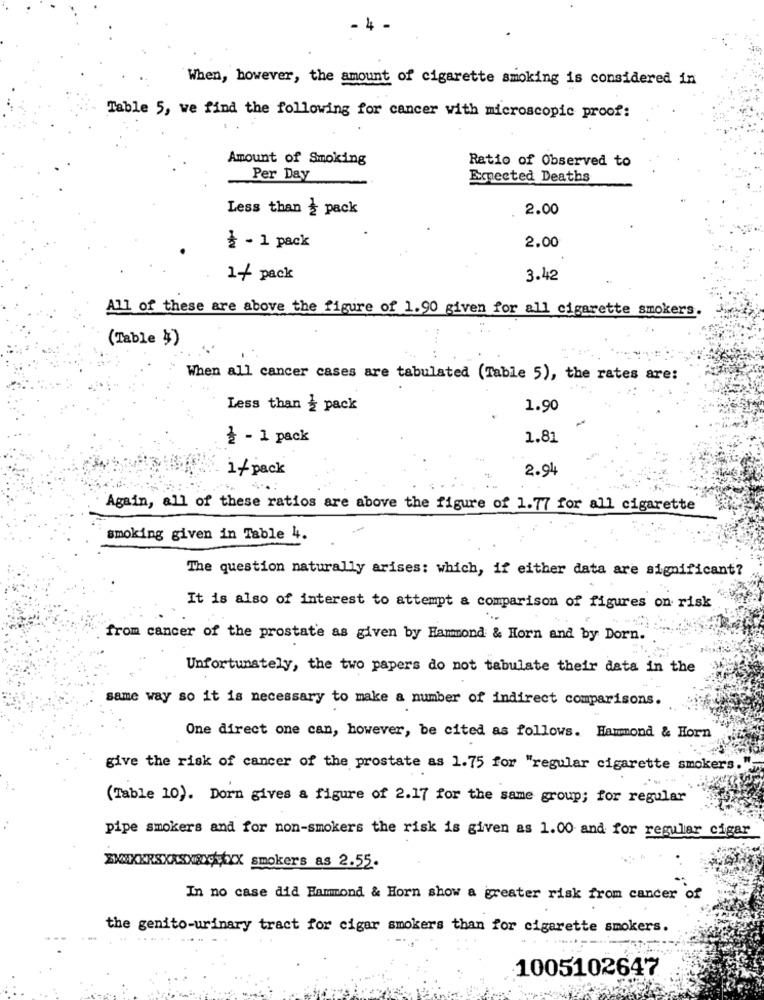
. 4
When, however, the amount of cigarette smoking is considered in
Table 5, we find the following for cancer with microscopic proof:
Amount of Smoking
Ratio of Observed to
Per Day
Emnected Deaths
Less than _ pack
2.00
¿ - 1 pack
2.00
1/ pack
3.42
All of these are above the figure of 1.90 given for all cigarette smokers.
(Table $)
When all cancer cases are tabulated (Table 5), the rates are:
Less than ¿ pack
1.90
¿ - 1 pack
1.81
1/ pack
2.94
Again, all of these ratios are above the figure of 1.77 for all cigarette
smoking given in Table 4.
The question naturally arises: which, if either data are significant?
It is also of interest to attempt a comparison of figures on risk
from cancer of the prostate as given by Hammond & Horn and by Dorn.
Unfortunately, the two papers do not tabulate their data in the
same way so it is necessary to make a number of indirect comparisons.
One direct one can, however, be cited as follows. Hammond & Horn
give the risk of cancer of the prostate as 1.75 for "regular cigarette smokers."
(Table 10). Dorn gives a figure of 2.17 for the same group; for regular
pipe smokers and for non-smokers the risk is given as 1.00 and for regular cigar
XXXXXXXXXXXXXXX smokers as 2.55.
In no case did Hammond & Horn show a greater risk from cancer of
the genito-urinary tract for cigar smokers than for cigarette smokers.
1005102647